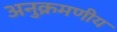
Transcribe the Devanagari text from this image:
अनुक्रमणीय